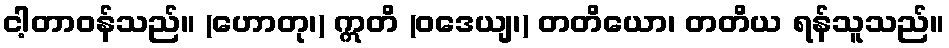
ငါ့တာဝန်သည်။ (ဟောတု၊) ဣတိ (ဝဒေယျ၊) တတိယော၊ တတိယ ရန်သူသည်။